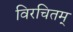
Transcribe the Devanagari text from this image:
विरचितम्